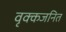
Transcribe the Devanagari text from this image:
वृक्कजनित